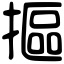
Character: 摳